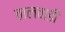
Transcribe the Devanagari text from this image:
तालवाडी